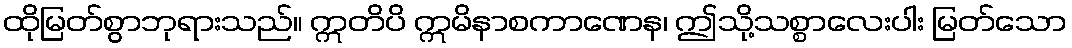
ထိုမြတ်စွာဘုရားသည်။ ဣတိပိ ဣမိနာစကာဏေန၊ ဤသို့သစ္စာလေးပါး မြတ်သော